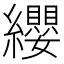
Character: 纓